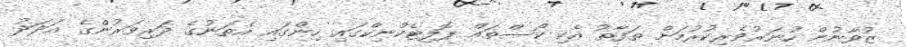
ޒުވާނުން ހުނަރުވެރިކުރުމަށް ތަފާތު އެކި ކޯސްތައް ޕޮލިޓެކްނިކްގައި ހިންގައި އެތަނުގެ ދަރިވަރުންގެ އަދަދު